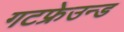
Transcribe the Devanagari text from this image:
गटफ्रेउन्ड